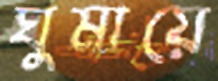
ঘুমায়ে